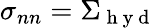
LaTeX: \sigma_{nn}=\Sigma_{\mathrm{~h~y~d~}}